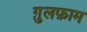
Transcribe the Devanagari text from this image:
ग़ुलफ़ाम